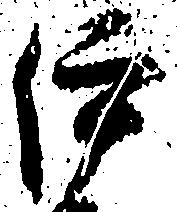
伊